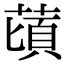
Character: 䔛